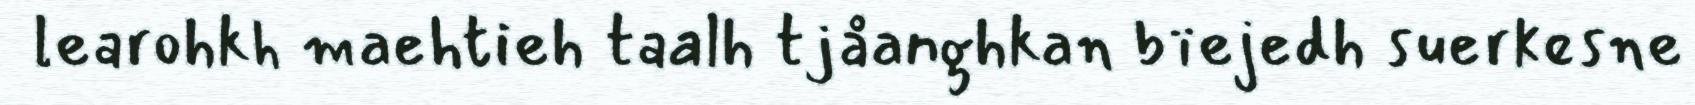
learohkh maehtieh taalh tjåanghkan bïejedh suerkesne